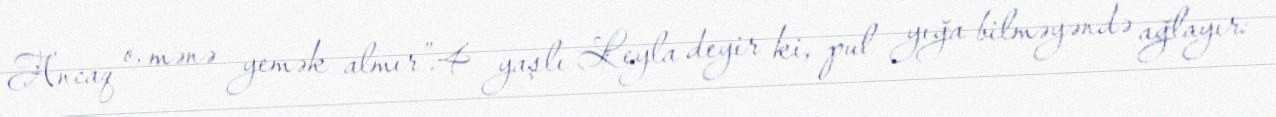
Ancaq o, mənə yemək almır”.4 yaşlı Leyla deyir ki, pul yığa bilməyəndə ağlayır: